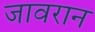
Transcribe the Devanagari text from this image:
जावरान